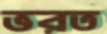
ভরত